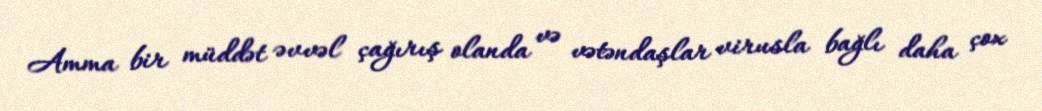
Amma bir müddət əvvəl çağırış olanda və vətəndaşlar virusla bağlı daha çox